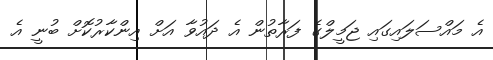
އެ މައްސަލައިގައި ޖަމީލްގެ ފަރާތުން އެ ދައުވާ އަށް އިންކާރުކޮށް ބުނީ އެ